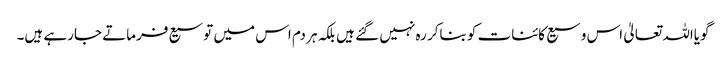
گویااللہ تعالیٰ اس وسیع کائنات کو بناکر رہ نہیں گئے ہیں بلکہ ہر دم اس میں توسیع فرماتے جارہے ہیں۔